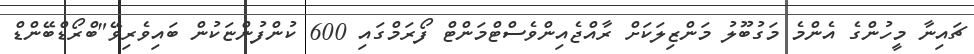
ޗައިނާ މީހުންގެ އެންމެ މަގުބޫލު މަންޒިލަކަށް ރާއްޖެއިންވެސްޓްމަންޓް ފޯރަމްގައި 600 ކުންފުންޏަކުން ބައިވެރިވޭ"ބްރޯޑްބޭންޑް